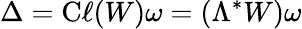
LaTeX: \Delta=\mathrm{C}\ell(W)\omega=\left(\Lambda^{*}W\right)\omega